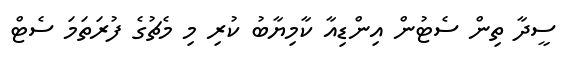
ސީދާ ތިން ސެޓުން އިންޑިއާ ކާމިޔާބު ކުރި މި މެޗުގެ ފުރަތަމަ ސެޓް